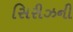
સિરીઝની